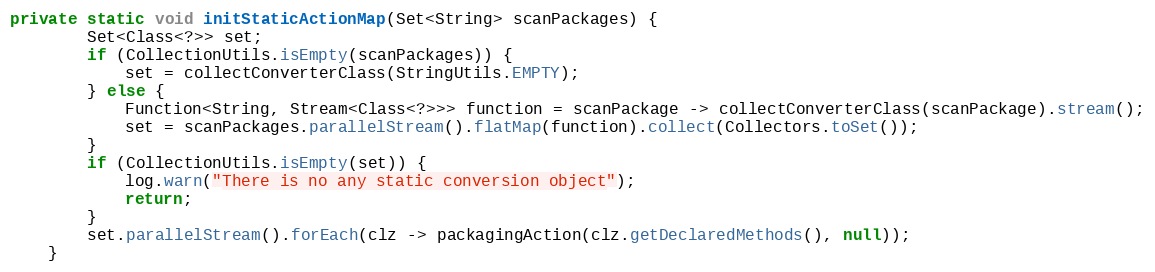
Language: Java
private static void initStaticActionMap(Set<String> scanPackages) {
        Set<Class<?>> set;
        if (CollectionUtils.isEmpty(scanPackages)) {
            set = collectConverterClass(StringUtils.EMPTY);
        } else {
            Function<String, Stream<Class<?>>> function = scanPackage -> collectConverterClass(scanPackage).stream();
            set = scanPackages.parallelStream().flatMap(function).collect(Collectors.toSet());
        }
        if (CollectionUtils.isEmpty(set)) {
            log.warn("There is no any static conversion object");
            return;
        }
        set.parallelStream().forEach(clz -> packagingAction(clz.getDeclaredMethods(), null));
    }